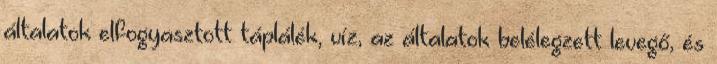
általatok elfogyasztott táplálék, víz, az általatok belélegzett levegő, és